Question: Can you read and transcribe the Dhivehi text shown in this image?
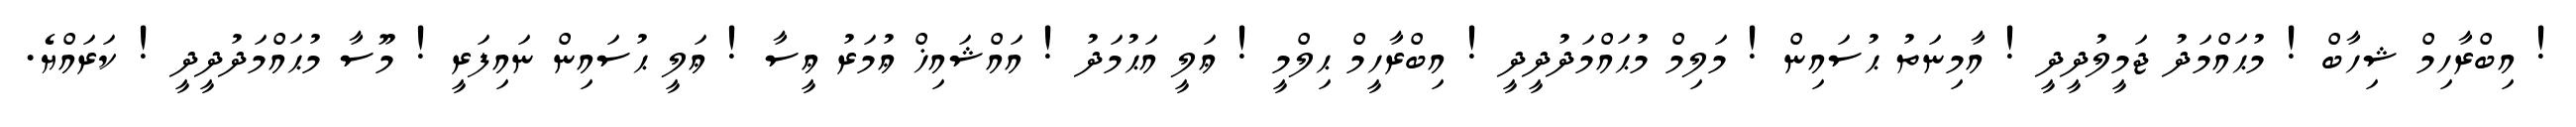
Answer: ! އިބްރާހިމް ޝިހާބް ! މުޙައްމަދު ޖަމީލުދީދީ ! އާމިނަތު ޙުސައިން ! މަލިމް މުޙައްމަދުދީދީ ! އިބްރާހީމް ޙިލްމީ ! ޢަލީ އަޙުމަދު ! އައްޝައިޚް ޢުމަރު ޢީސާ ! ޢަލީ ޙުސައިން ނައިފަރީ ! މޫސާ މުޙައްމަދުދީދީ ! ކަރައްޔެ.